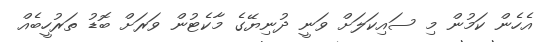
އެހެން ކަމުން މި ސައިކަލަށް ވަނީ ދުނިޔޭގެ މާކެޓުން ވަރަށް ބޮޑު ތަރުހީބެއް